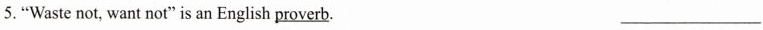
5."Waste not, want not"is an English \underline{proverb}. ___